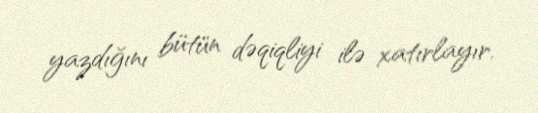
yazdığını bütün dəqiqliyi ilə xatırlayır.